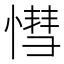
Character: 𢟩